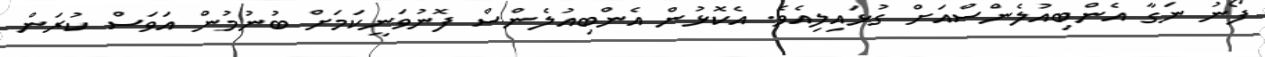
ފޯނު ނަގާ އެންބިއުލެންސްއަށް ގުޅައިލިއެވެ. އެކޮޅުން އެންބިއުލެންސް ފޮނުވަނީކަމަށް ބުނުމުން އަވަސް ކުރަން